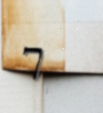
7